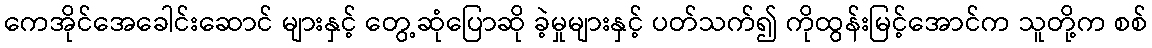
ကေအိုင်အေခေါင်းဆောင် များနှင့် တွေ့ဆုံပြောဆို ခဲ့မှုများနှင့် ပတ်သက်၍ ကိုထွန်းမြင့်အောင်က သူတို့က စစ်